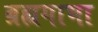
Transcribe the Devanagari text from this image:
ब्रह्यगाभा